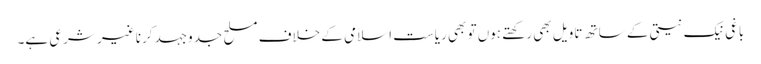
باغی نیک نیتی کے ساتھ تاویل بھی رکھتے ہوں تو بھی ریاست اسلامی کے خلاف مسلح جدوجہد کرنا غیر شرعی ہے۔